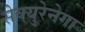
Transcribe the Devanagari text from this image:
सेक्युरेनेगा